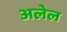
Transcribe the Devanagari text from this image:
अलेल